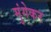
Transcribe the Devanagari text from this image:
मुंगेकर